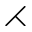
\rightthreetimes